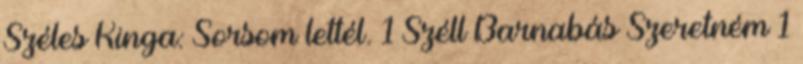
Széles Kinga: Sorsom lettél. 1 Széll Barnabás Szeretném 1